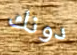
دونك